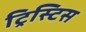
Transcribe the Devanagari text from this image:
ट्रिस्टिस